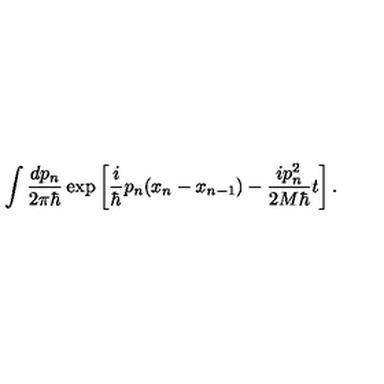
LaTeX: \int \frac { d p _ { n } } { 2 \pi \hbar } \exp \left[ \frac { i } { \hbar } p _ { n } ( x _ { n } - x _ { n - 1 } ) - \frac { i p _ { n } ^ { 2 } } { 2 M \hbar } t \right] . \nonumber